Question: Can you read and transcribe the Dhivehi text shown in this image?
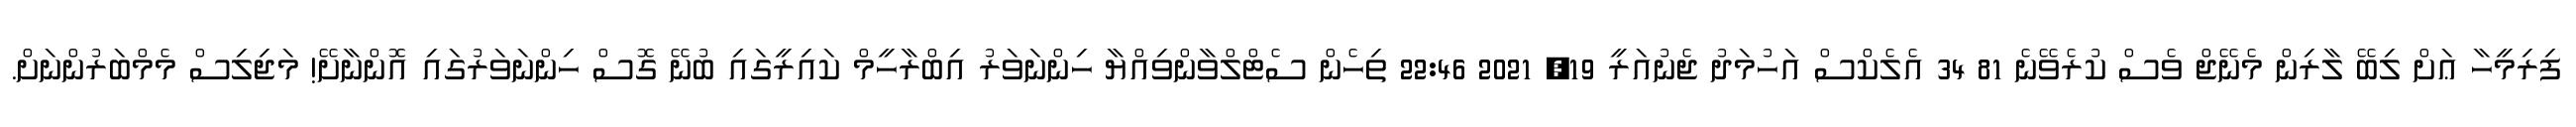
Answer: ފިރިމީހާ ޢަށް ލިބޭ ލާރިން މެނޭޖް ވެސް ކުރެވޭނެ 81 34 އެލެކްސް އަހުމަދު ޖެނުއަރީ 19, 2021 22:46 ތިހެން ސެޓްލްވާންވިއްޔާ ހިންނަވަރު އިބްރާހީމް ކައިރީގައި ބުނޭ ގޮސް ހިންނަވަރުގައި އޮންނާށޭ! މަޖިލިސް މެމްބަރުންނަށް.